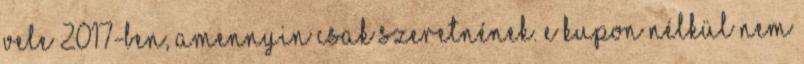
vele 2017-ben, amennyin csak szeretnének. E kupon nélkül nem